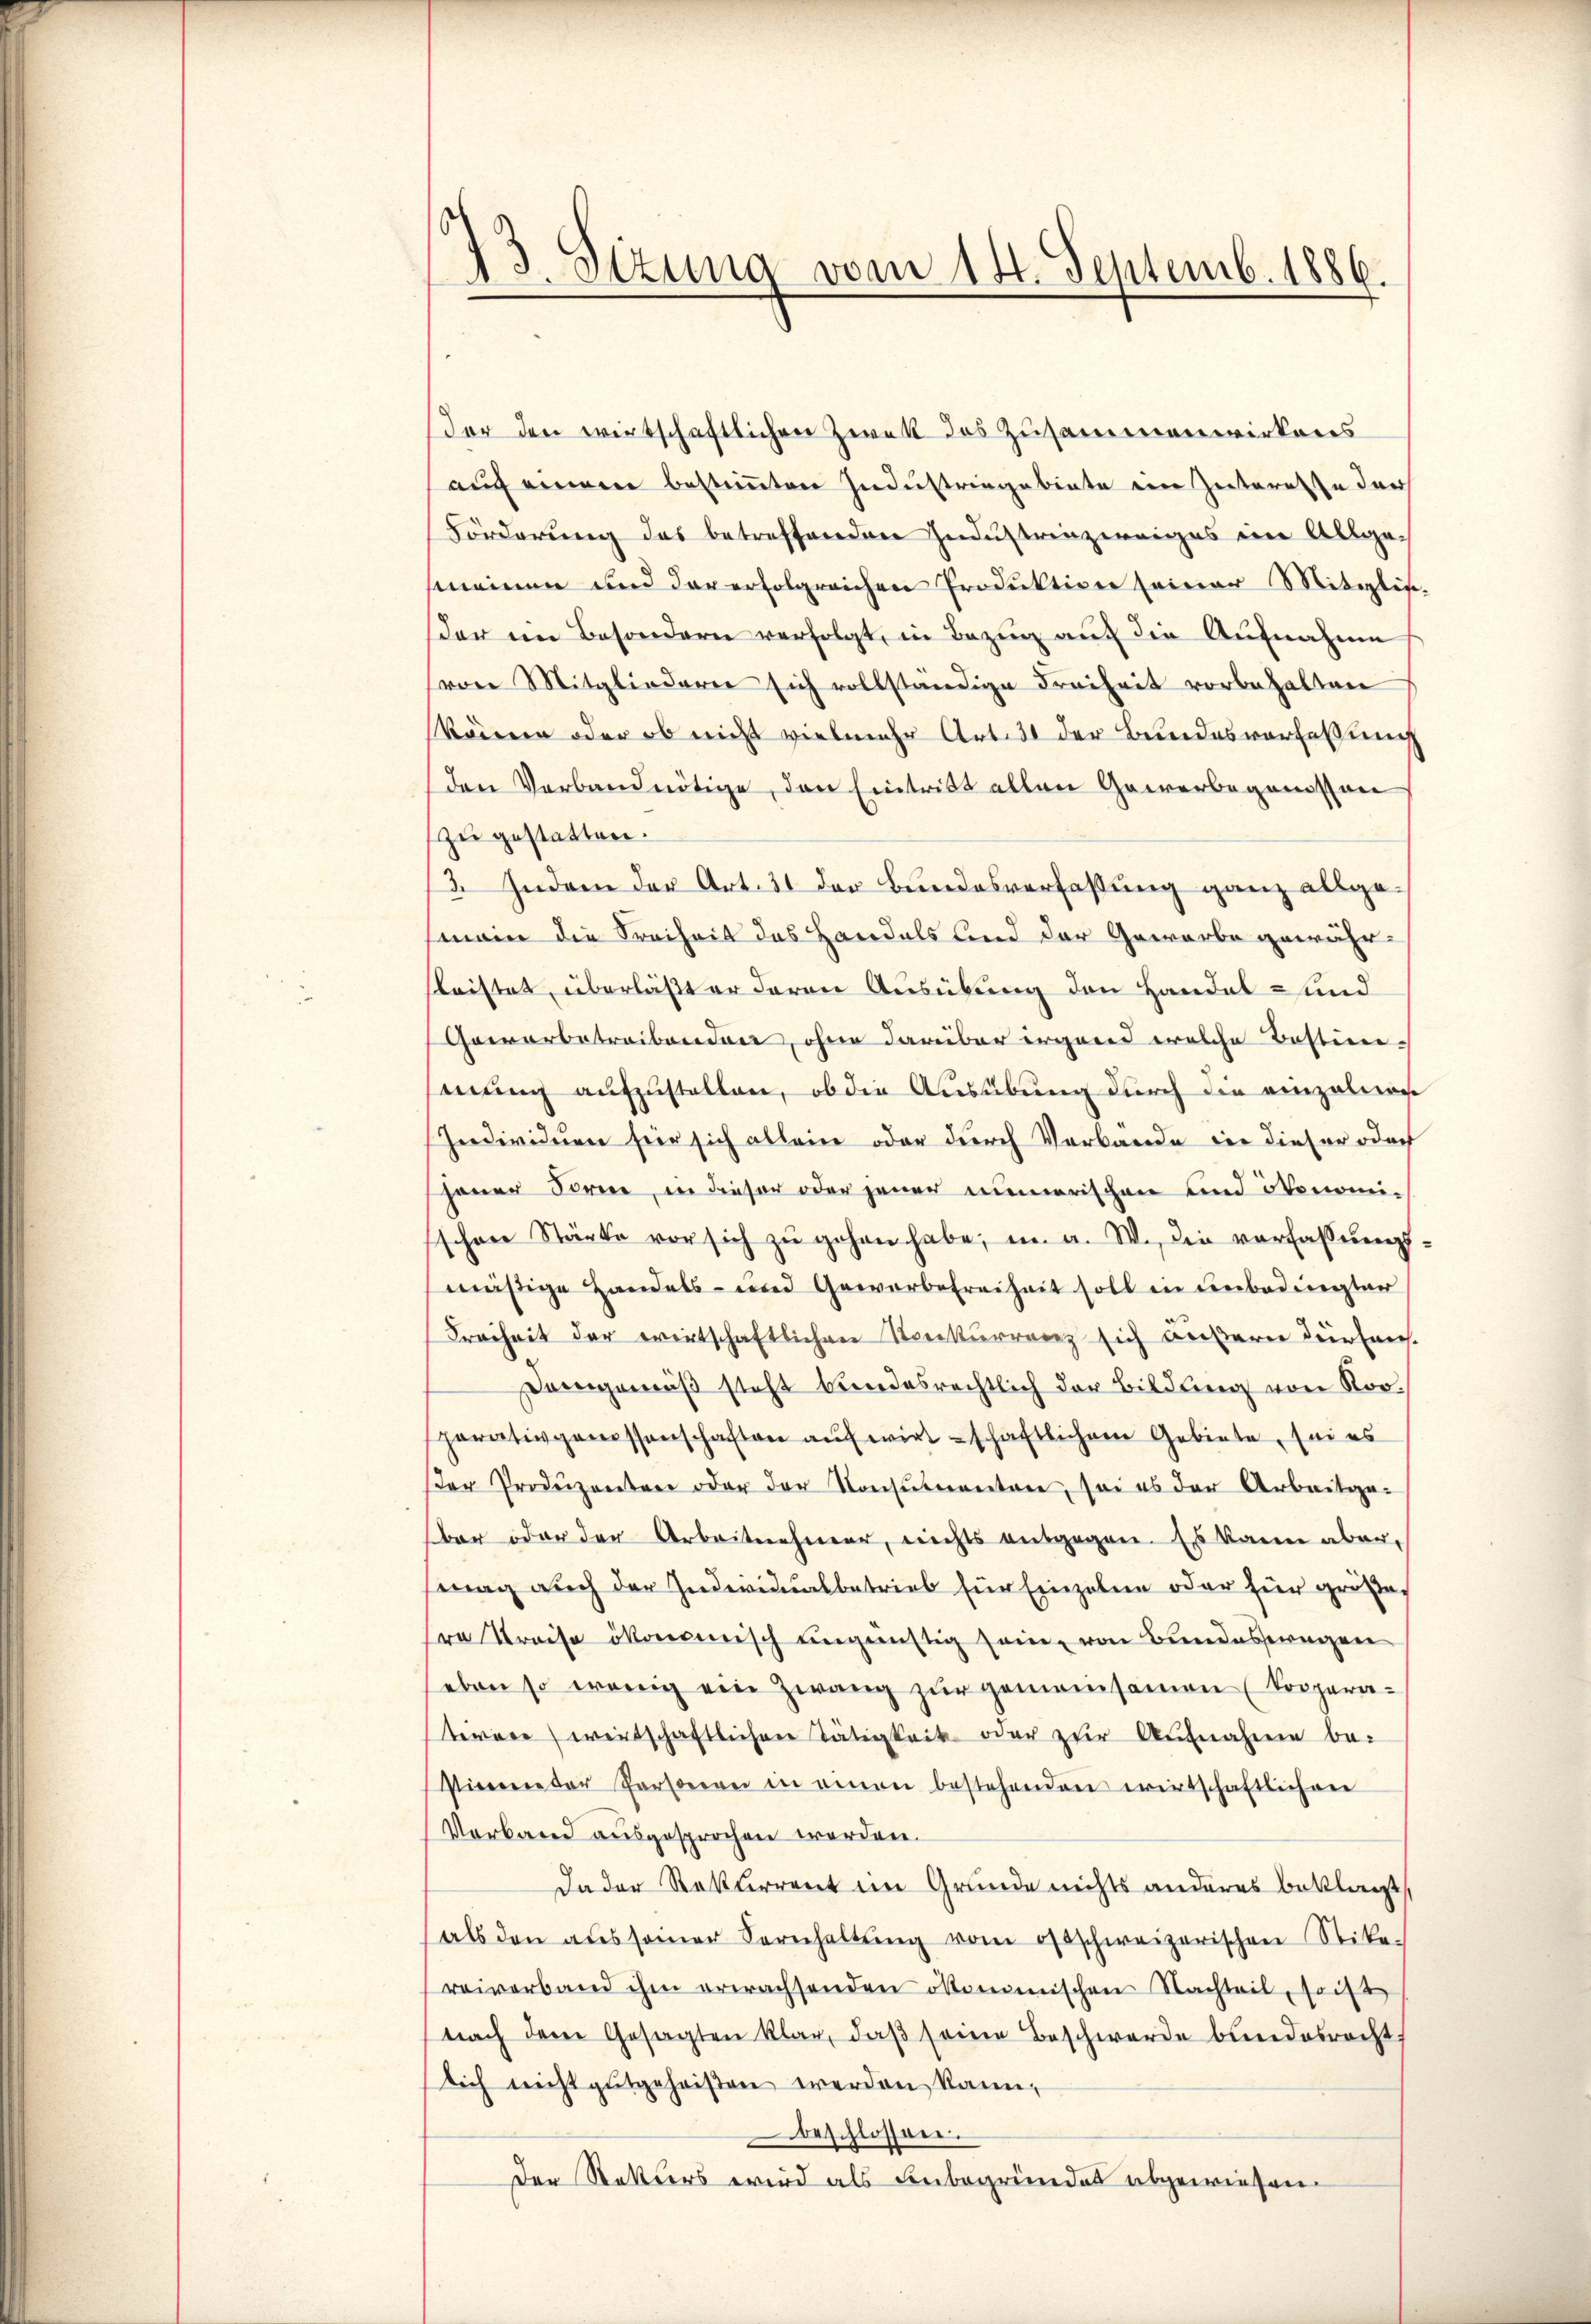
der den wirtschaftlichen Zwek des Zusammenwirkens
auch einem bestimmten Industringebiete ein Zutarette der
Förderung das betreffenden Industrinzieriges im Allgemeinen und der erfolgreichen Produktion seiner Mitglie-
der im Besondern verfolgt, in Bezug auf die Aufnahme
(von Mitgliederer sich vollständige Freiheit vorbehalten
könnern oder ob nicht vielmehr Art. 31 der Bundesverfassung
den Verband nötige, den Eintritt allen Gewerbeganissen
zu gestatten.
3. Indem der Art. 31 der Bundesverfassung ganz allgemein die Freiheit das Handels und der Gewerbe gewährsleistet, überläßt er deren Ausübung den Handel und
Gewerbetreibenden, ohne darüber irgend welche Bestimmung aufzustellen, ob die Ausübung durch die einzelnen
Individuen für sich allein oder durch Verbande der dieser doch
jener Forne, in dieser oder jener numerischen und ökonomischen Stärke vor sich zŭ gehen habe, in a. W. die verfassŭngs-
mäßige Handels- und Gewerbefreiheit soll in unbedingter
Freiheit der wirtschaftlichen Konkurrenz sich äußern dürfen.
Demgemäβ steht bundesrechtlich der Bildung von Rorparativgemessenschaften aŭf wirtschaftlichem Gebiete, sei es
er Produzenten oder der Konsŭnenten, sei es der Arbeitge-
ber oder der Arbeitnehmer, nichts entgegen. Es kann aber,
mag auch der Individualbetrieb für Einzelne oder für großes
re Preise ökonomisch ungünstig sein, von Bundeswegen
eben so wenig ein Zwang zŭr gemeinsamen (Kooperaterere wirtschaftlichen Tätigkeit oder zur Aufnahme be-
stimmter Personen in einen bestehenden wirtschaftlichen
Verband ausgesprochen worden.
da der Rekurrent im Grunde nichts anderes beklagt
als den aŭs seiner Kornhaltŭng vom ostschweizerischen Stika-
reiverband ihm erwachsenden ökommischen Nachteil, sonst
nach dem Gesagten klar, daß seine Beschwerde bundesrecht.
sich nicht gutgeheißen werden kann,
beschlossen.
Der Stattlers wird als Leubegründes abgewiesen.

73. Sizung vom 14. Septemb. 1886.